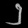
Digit: ၂